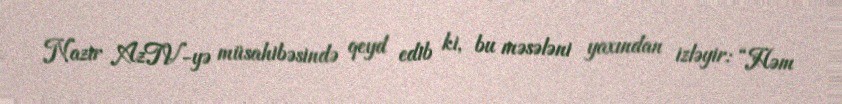
Nazir AzTV-yə müsahibəsində qeyd edib ki, bu məsələni yaxından izləyir: “Həm